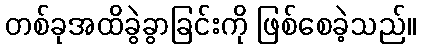
တစ်ခုအထိခွဲခွာခြင်းကို ဖြစ်စေခဲ့သည်။